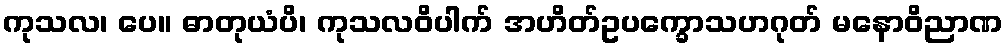
ကုသလ၊ ပေ။ ဓာတုယံပိ၊ ကုသလဝိပါက် အဟိတ်ဥပက္ခောသဟဂုတ် မနောဝိညာဏ